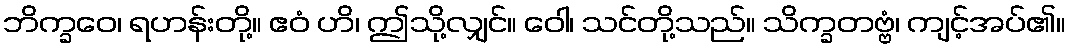
ဘိက္ခဝေ၊ ရဟန်းတို့။ ဧဝံ ဟိ၊ ဤသို့လျှင်။ ဝေါ၊ သင်တို့သည်။ သိက္ခတဗ္ဗံ၊ ကျင့်အပ်၏။